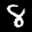
Label: 8